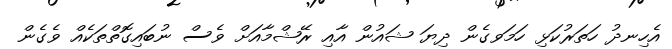
އެހިނދު ހަތަރުކަޅި ހަމަވގެން ދިޔަ ޝައުން އާއި ރޭޝްމާއަށް ވެސް ނުބައިގޮތްތަކެއް ވެގެން